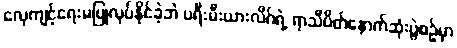
လေ့ကျင့်ရေးမပြုလုပ်နိုင်ခဲ့ဘဲ ပရီးမီးယားလိဂ်ရဲ့ ရာသီပိတ်နောက်ဆုံးပွဲစဉ်မှာ